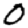
Digit: 0